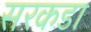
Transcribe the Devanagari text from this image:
सरकडा